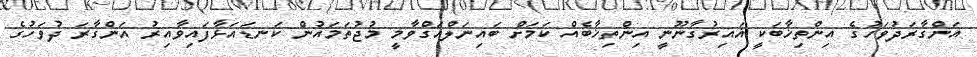
އަންގާރަދުވަހުގެ އިންތިޚާބަކީ ޣައިރުގާނޫނީ އިންތިޚާބެއް ކަމަށް ބައިނަލްއަގްވާމީ މުޖުތަމައުން ކަނޑައަޅާފައިވާއިރު އަންގާރަ ދުވަހުގެ